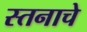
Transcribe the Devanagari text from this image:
स्तनाचे